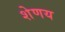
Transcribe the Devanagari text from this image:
शेणय